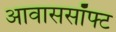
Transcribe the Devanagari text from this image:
आवाससॉफ्ट